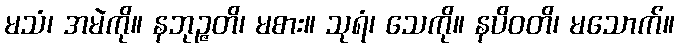
မသံ၊ အမဲကို။ နဘုဉ္ဇတိ၊ မစား။ သုရံ၊ သေကို။ နပိဝတိ၊ မသောက်။